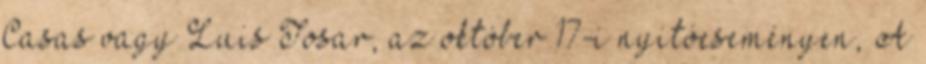
Casas vagy Luis Tosar, az október 17-i nyitóeseményen, A